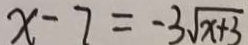
x - 7 = - 3 \sqrt { x + 3 }